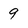
Character: 9